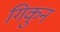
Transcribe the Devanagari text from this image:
गिकुन